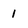
Character: 1